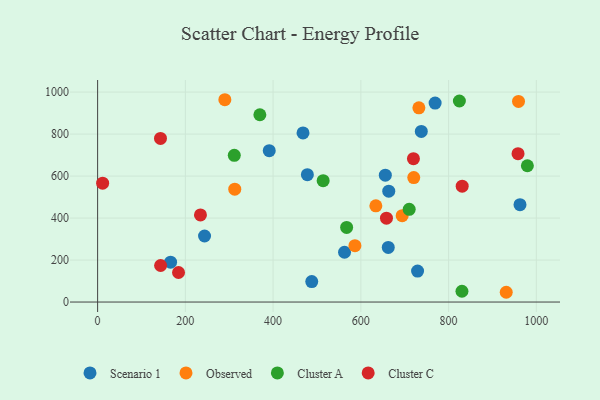
{"axis": {"x": "Distance", "y": "Profit"}, "legend": ["Cluster A", "Cluster C", "Observed", "Scenario 1"], "data": [{"x": "243.7", "y": 314.6, "type": "Scenario 1"}, {"x": "391.2", "y": 721.0, "type": "Scenario 1"}, {"x": "769.3", "y": 947.8, "type": "Scenario 1"}, {"x": "468.2", "y": 805.4, "type": "Scenario 1"}, {"x": "655.8", "y": 604.4, "type": "Scenario 1"}, {"x": "729.3", "y": 147.3, "type": "Scenario 1"}, {"x": "662.5", "y": 260.3, "type": "Scenario 1"}, {"x": "663.6", "y": 528.1, "type": "Scenario 1"}, {"x": "737.8", "y": 812.6, "type": "Scenario 1"}, {"x": "478.1", "y": 606.8, "type": "Scenario 1"}, {"x": "962.8", "y": 463.8, "type": "Scenario 1"}, {"x": "166.3", "y": 190.0, "type": "Scenario 1"}, {"x": "488.1", "y": 97.7, "type": "Scenario 1"}, {"x": "562.8", "y": 237.1, "type": "Scenario 1"}, {"x": "312.6", "y": 537.4, "type": "Observed"}, {"x": "931.4", "y": 46.5, "type": "Observed"}, {"x": "959.4", "y": 955.7, "type": "Observed"}, {"x": "634.2", "y": 458.2, "type": "Observed"}, {"x": "586.5", "y": 268.5, "type": "Observed"}, {"x": "290.0", "y": 963.7, "type": "Observed"}, {"x": "720.6", "y": 592.8, "type": "Observed"}, {"x": "694.2", "y": 411.4, "type": "Observed"}, {"x": "732.3", "y": 925.0, "type": "Observed"}, {"x": "567.6", "y": 355.4, "type": "Cluster A"}, {"x": "369.8", "y": 892.1, "type": "Cluster A"}, {"x": "514.1", "y": 577.9, "type": "Cluster A"}, {"x": "824.6", "y": 957.6, "type": "Cluster A"}, {"x": "311.5", "y": 698.7, "type": "Cluster A"}, {"x": "979.6", "y": 649.1, "type": "Cluster A"}, {"x": "710.2", "y": 441.4, "type": "Cluster A"}, {"x": "830.5", "y": 51.3, "type": "Cluster A"}, {"x": "958.3", "y": 706.7, "type": "Cluster C"}, {"x": "143.3", "y": 779.5, "type": "Cluster C"}, {"x": "658.4", "y": 399.3, "type": "Cluster C"}, {"x": "719.9", "y": 682.9, "type": "Cluster C"}, {"x": "143.6", "y": 174.0, "type": "Cluster C"}, {"x": "11.4", "y": 566.4, "type": "Cluster C"}, {"x": "234.4", "y": 415.1, "type": "Cluster C"}, {"x": "184.4", "y": 140.6, "type": "Cluster C"}, {"x": "831.0", "y": 552.1, "type": "Cluster C"}]}